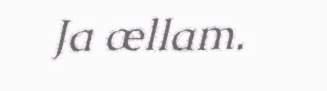
Ja ællam.